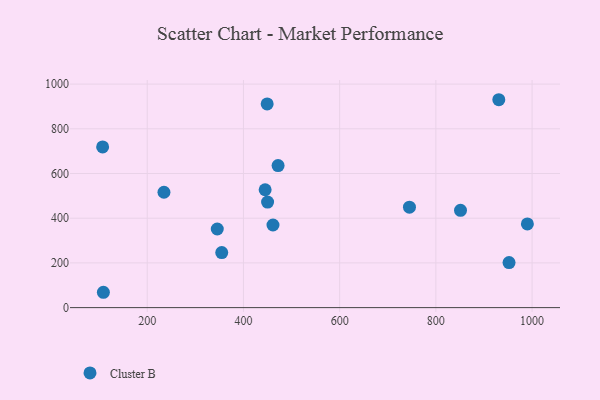
{"axis": {"x": "Price", "y": "Fuel Efficiency"}, "legend": ["Cluster B"], "data": [{"x": "450.2", "y": 472.3, "type": "Cluster B"}, {"x": "449.3", "y": 911.2, "type": "Cluster B"}, {"x": "930.8", "y": 930.1, "type": "Cluster B"}, {"x": "345.6", "y": 351.6, "type": "Cluster B"}, {"x": "851.2", "y": 435.1, "type": "Cluster B"}, {"x": "354.9", "y": 246.3, "type": "Cluster B"}, {"x": "990.2", "y": 374.4, "type": "Cluster B"}, {"x": "952.1", "y": 201.6, "type": "Cluster B"}, {"x": "445.1", "y": 527.3, "type": "Cluster B"}, {"x": "461.4", "y": 369.5, "type": "Cluster B"}, {"x": "108.9", "y": 68.6, "type": "Cluster B"}, {"x": "472.0", "y": 635.4, "type": "Cluster B"}, {"x": "745.1", "y": 449.4, "type": "Cluster B"}, {"x": "234.8", "y": 516.2, "type": "Cluster B"}, {"x": "107.3", "y": 718.9, "type": "Cluster B"}]}